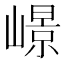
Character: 𡼮